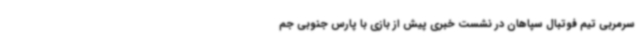
سرمربی تیم فوتبال سپاهان در نشست خبری پیش از بازی با پارس جنوبی جم